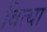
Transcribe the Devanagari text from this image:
बित्या